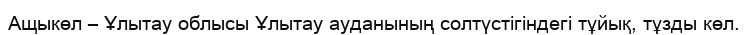
Ащыкөл – Ұлытау облысы Ұлытау ауданының солтүстігіндегі тұйық, тұзды көл.